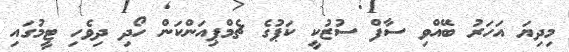
މިދިޔަ އަހަރު ބޭއްވި ސާފް ސުޒުކީ ކަޕުގެ ޗެމްޕިއަންކަން ހޯދި ދިވެހި ޓީމުގައި